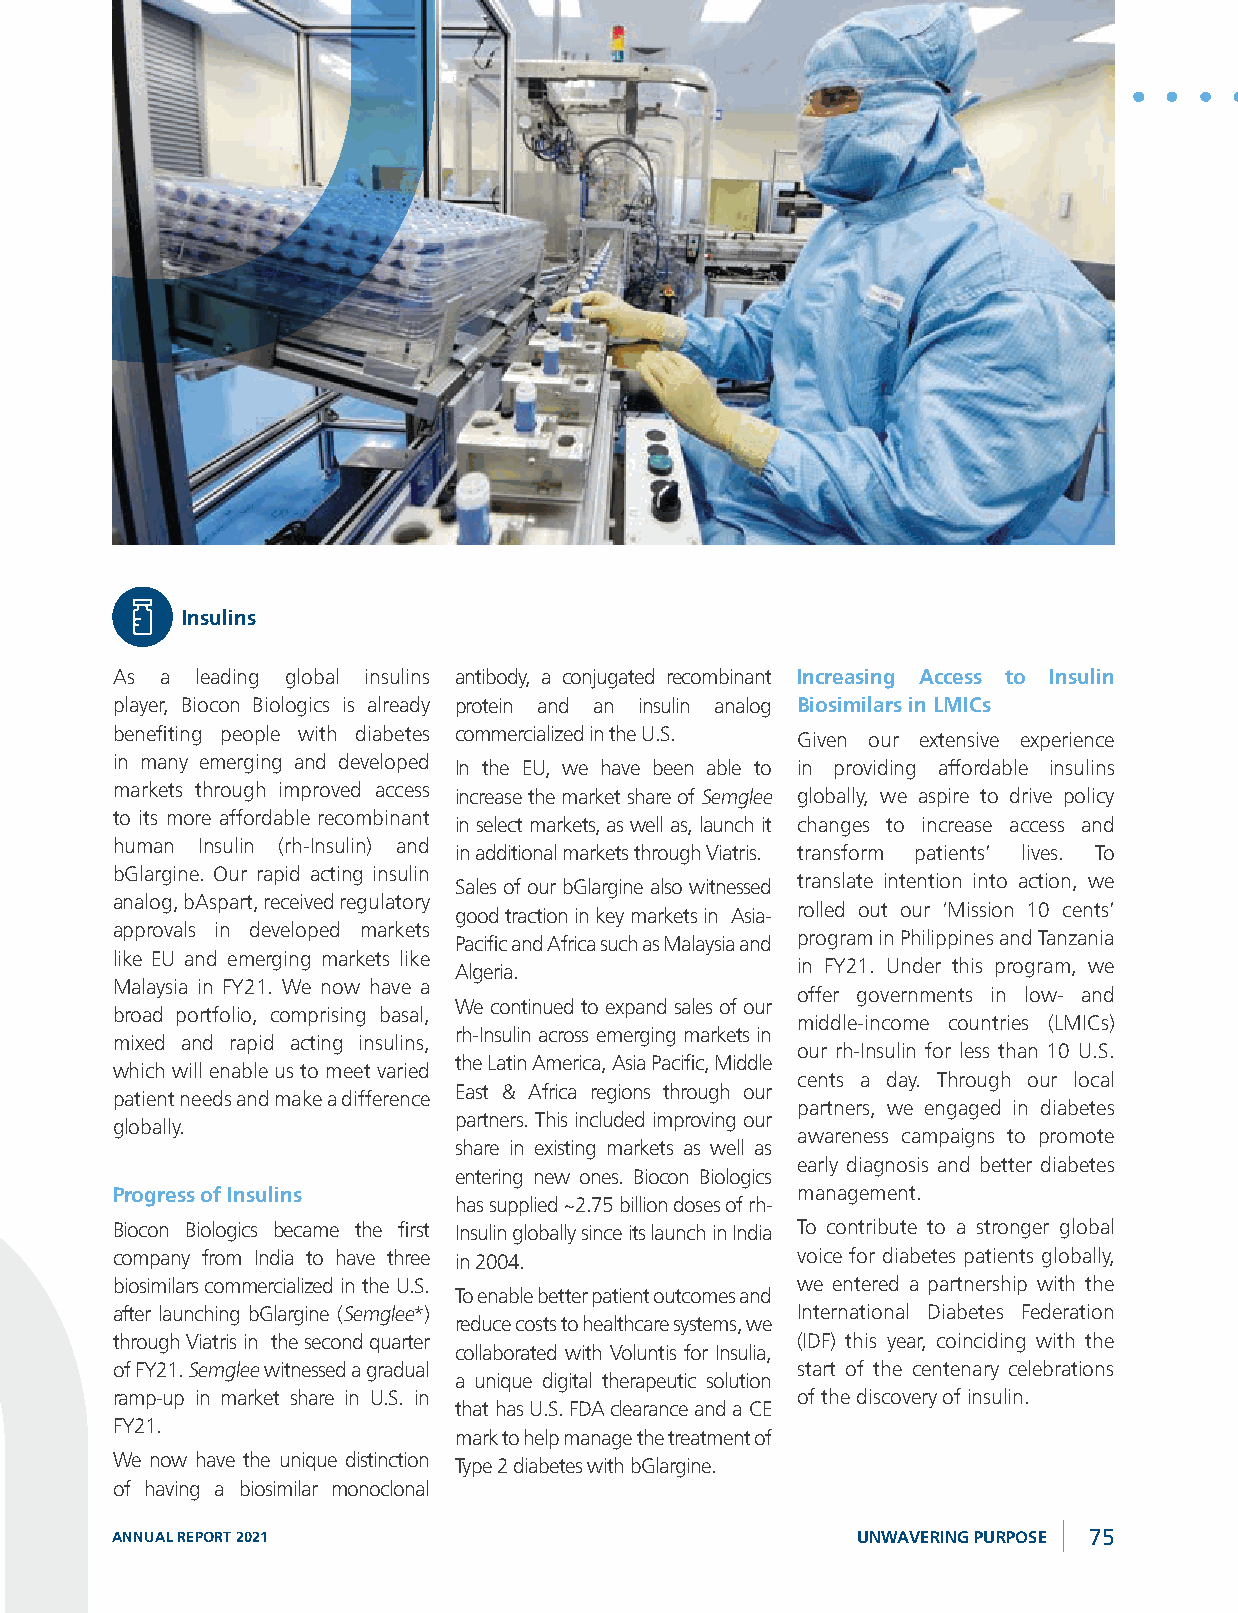
Biocon Limited
 Insulins
 As  a leading global insulins antibody, a conjugated recombinant Increasing Access to Insulin
 player, Biocon Biologics is already protein and an insulin analog Biosimilars in LMICs
 benefiting people with diabetes commercialized in the U.S. Given our extensive experience
 in many emerging and developed
 In the EU, we have been able to in providing affordable insulins
 markets through improved access
 increase the market share of Semglee globally, we aspire to drive policy
 to its more affordable recombinant
 in select markets, as well as, launch it changes to increase access and
 human Insulin (rh-Insulin) and
 in additional markets through Viatris. transform patients’ lives. To
 bGlargine. Our rapid acting insulin
 Sales of our bGlargine also witnessed translate intention into action, we
 analog, bAspart, received regulatory
 good traction in key markets in Asia- rolled out our ‘Mission 10 cents’
 approvals in developed markets
 Pacific and Africa such as Malaysia and program in Philippines and Tanzania
 like EU and emerging markets like
 Algeria.               in FY21. Under this program, we
 Malaysia in FY21. We now have a
 offer governments in low- and
 We continued to expand sales of our
 broad portfolio, comprising basal,
 middle-income countries (LMICs)
 rh-Insulin across emerging markets in
 mixed and rapid acting insulins,
 our rh-Insulin for less than 10 U.S.
 the Latin America, Asia Pacific, Middle
 which will enable us to meet varied
 cents a day. Through our local
 East & Africa regions through our
 patient needs and make a difference
 partners, we engaged in diabetes
 partners. This included improving our
 globally.
 awareness campaigns to promote
 share in existing markets as well as
 early diagnosis and better diabetes
 entering new ones. Biocon Biologics
 Progress of Insulins                          management.
 has supplied ~2.75 billion doses of rh-
 Biocon Biologics became the first Insulin globally since its launch in India To contribute to a stronger global
 company from India to have three in 2004.     voice for diabetes patients globally,
 biosimilars commercialized in the U.S.        we entered a partnership with the
 To enable better patient outcomes and
 after launching bGlargine (Semglee*)          International Diabetes Federation
 reduce costs to healthcare systems, we
 through Viatris in the second quarter         (IDF) this year, coinciding with the
 collaborated with Voluntis for Insulia,
 of FY21. Semglee witnessed a gradual          start of the centenary celebrations
 a unique digital therapeutic solution
 ramp-up in market share in U.S. in            of the discovery of insulin.
 that has U.S. FDA clearance and a CE
 FY21.
 mark to help manage the treatment of
 We now have the unique distinction Type 2 diabetes with bGlargine.
 of having a biosimilar monoclonal
 ANNUAL REPORT 2021                                UNWAVERING PURPOSE 75